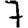
Digit: 7